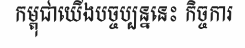
កម្ពុជាយើងបច្ចប្បន្ននេះ កិច្ចការ